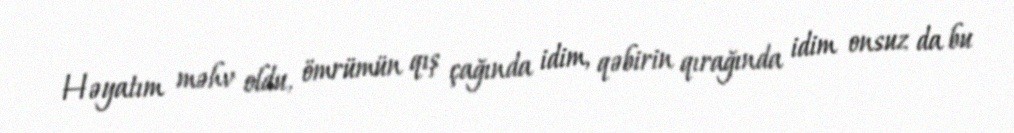
Həyatım məhv oldu, ömrümün qış çağında idim, qəbirin qırağında idim onsuz da bu